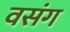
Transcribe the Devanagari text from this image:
वसंग